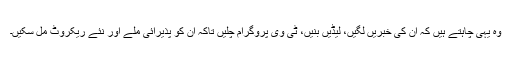
وہ یہی چاہتے ہیں کہ ان کی خبریں لگیں، لیڈیں بنیں، ٹی وی پروگرام چلیں تاکہ ان کو پذیرائی ملے اور نئے ریکروٹ مل سکیں۔